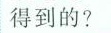
得到的？